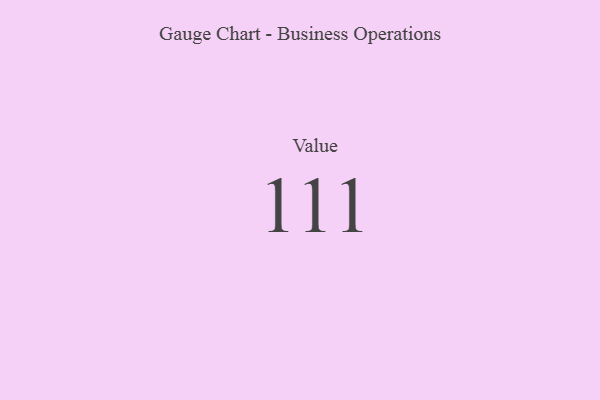
{"axis": {"x": "Metric", "y": "Value"}, "legend": [""], "data": [{"x": "Value", "y": 111, "type": ""}]}